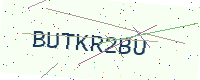
Text: BUTKR2BU